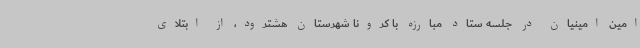
امین امینیان در جلسه ستاد مبارزه با کرونا شهرستان هشترود، از ابتلای